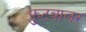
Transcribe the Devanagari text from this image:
फुटबालर